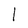
Character: l